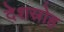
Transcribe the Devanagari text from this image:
देशस्रोह